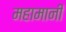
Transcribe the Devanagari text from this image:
महामानी